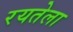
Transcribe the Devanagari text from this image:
रयतेला